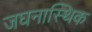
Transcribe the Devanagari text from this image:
जघनास्थिक